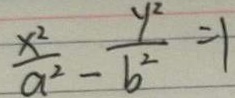
\frac { x ^ { 2 } } { a ^ { 2 } } - \frac { y ^ { 2 } } { b ^ { 2 } } = 1